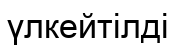
үлкейтілді